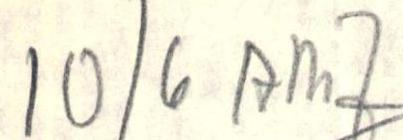
10 /6 AMJ